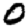
Digit: 0